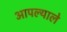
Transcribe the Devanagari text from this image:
आपल्याले